Annual report on the mental hospital in the Central Provinces and Berar (Nagpur) - 1927-1951
Year: 1927
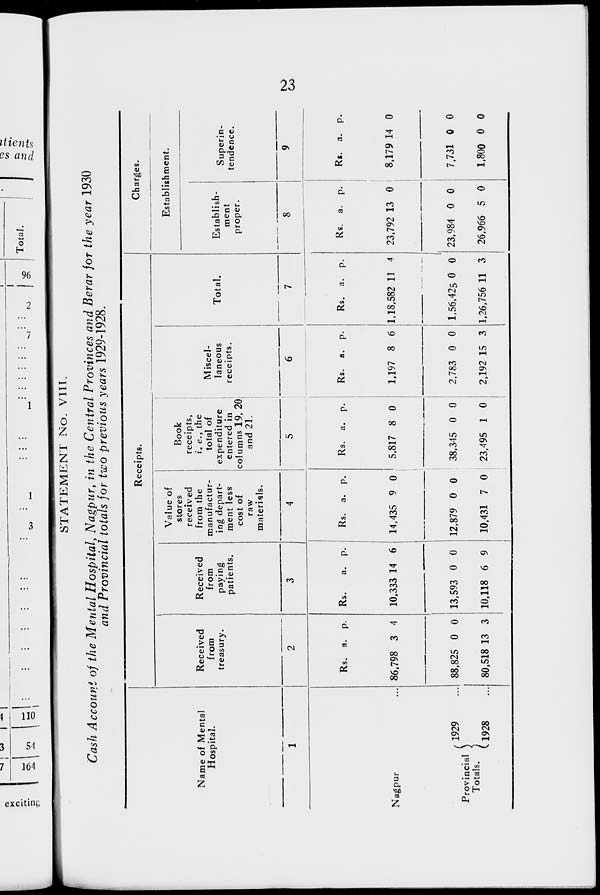
23
STATEMENT No. VIII.
Cash Account of the Mental Hospital, Nagpur, in the Central Provinces and Berar for the year 1930
and Provincial totals for two previous years 1929-1928.
Name of Mental
Hospital.
1
Nagpur ...
Provincial
Totals.
1929 ...
1928 ...
Receipts.
Received
from
treasury.
2
Rs.
86,798
88,825
80,518
a.
3
0
13
p.
4
0
3
Received
from
paying
patients.
3
Rs.
10,333
13,593
10,118
a.
14
0
6
p.
6
0
9
Value of
stores
received
from the
manufactur-
ing depart-
ment less
cost of
raw
materials.
4
Rs.
14,435
12,879
10,431
a.
9
0
7
p.
0
0
0
Book
receipts,
i. e., the
total of
expenditure
entered in
columns 19, 20
and 21.
5
Rs.
5,817
38,345
23,495
a.
8
0
1
p.
0
0
0
Miscel-
laneous
receipts.
6
Rs.
1,197
2,783
2,192
a.
8
0
15
p.
6
0
3
Total.
7
Rs.
1,18,582
1,56,425
1,26,756
a.
11
0
11
p.
4
0
3
Charges.
Establishment.
Establish-
ment
proper.
8
Rs.
23,792
23,984
26,966
a.
13
0
5
p.
0
0
0
Superin-
tendence.
9
Rs.
8,179
7,731
1,800
a.
14
0
0
p.
0
0
0